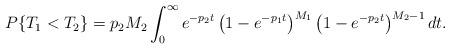
LaTeX: \begin{align*}P\{T_1 < T_2\}= p_2 M_2 \int_0^{\infty} e^{-p_2 t} \left(1 - e^{-p_1 t}\right)^{M_1} \left(1 - e^{-p_2 t}\right)^{M_2 - 1} dt.\end{align*}